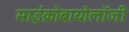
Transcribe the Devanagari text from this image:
माईक्रोबायोलॉजी